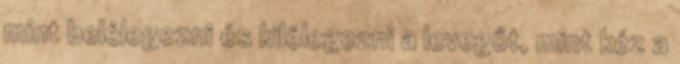
mint belélegezni és kilélegezni a levegőt, mint kéz a